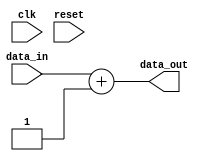
module processing_unit (
    input wire clk,
    input wire reset,
    input wire [7:0] data_in,
    output wire [7:0] data_out
);
    // Simple processing logic (for demonstration purposes)
    assign data_out = data_in + 1; // Example operation: incrementing input
endmodule